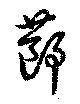
蓈